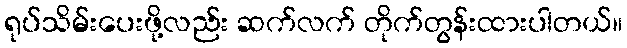
ရုပ်သိမ်းပေးဖို့လည်း ဆက်လက် တိုက်တွန်းထားပါတယ်။